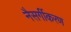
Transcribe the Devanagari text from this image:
नैसर्गीकरण